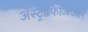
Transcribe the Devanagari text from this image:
अॅस्ट्रॉफिजिकल